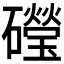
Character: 𥗏